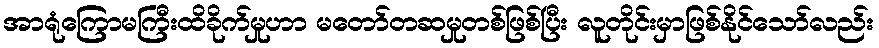
အာရုံကြောမကြီးထိခိုက်မှုဟာ မတော်တဆမှုတစ်ဖြစ်ပြီး လူတိုင်းမှာဖြစ်နိုင်သော်လည်း